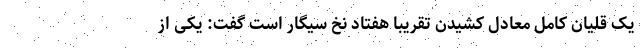
یک قلیان کامل معادل کشیدن تقریباً هفتاد نخ سیگار است گفت: یکی از